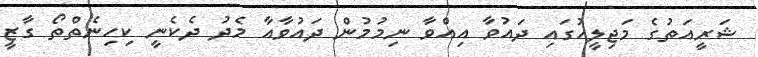
ޝަރީއަތުގެ މަޖިލީހުގައި ދައުވާ އިއްވާ ނިމުމުން ދައުވާއާ މެދު ދެކެނީ ކިހިނެތްތޯ ގާޒީ